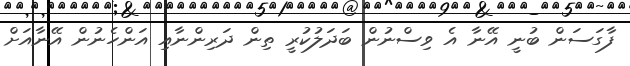
ފާގަސަން ބުނީ އޭނާ އެ ވިސްނުން ބަދަލުކުރީ ތިން ދަރިންނާއި އަންހެނުން އޭނާއަށް